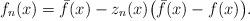
LaTeX: \begin{align*}f_n(x) = \bar f(x) - z_n(x) \big( \bar f(x) - f(x) \big).\end{align*}